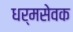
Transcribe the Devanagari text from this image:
धर्मसेवक